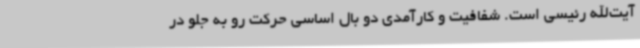
آیت‌الله رئیسی است. شفافیت و کارآمدی دو بال اساسی حرکت رو به جلو در